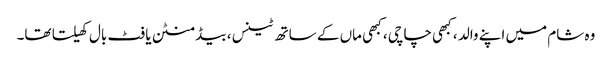
وہ شام میں اپنے والد ، کبھی چاچی ، کبھی ماں کے ساتھ ٹینس ، بیڈ منٹن یا فٹ بال کھیلتا تھا۔